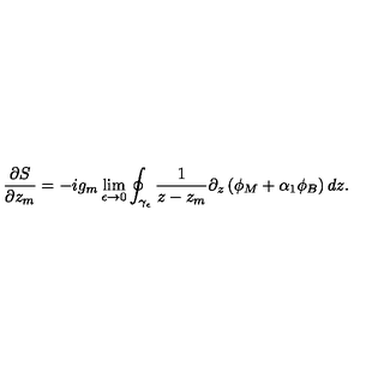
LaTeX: \frac { \partial S } { \partial z _ { m } } = - i g _ { m } \lim _ { \epsilon \rightarrow 0 } \oint _ { \gamma _ { \epsilon } } \frac { 1 } { z - z _ { m } } \partial _ { z } \left( \phi _ { M } + \alpha _ { 1 } \phi _ { B } \right) d z .